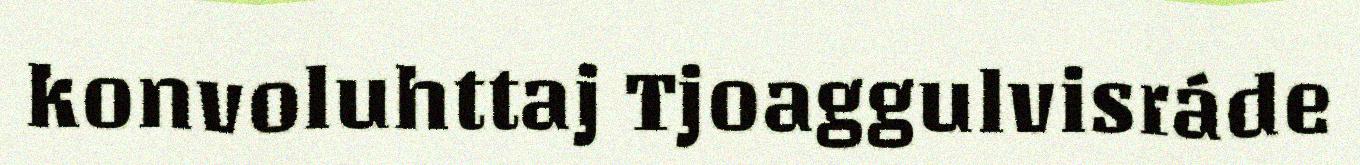
konvoluhttaj Tjoaggulvisráde